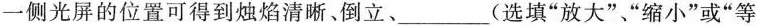
一侧光屏的位置可得到烛焰清晰、倒立、___(选填”放大””缩小”或”等